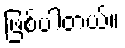
ဖြစ်ပါတယ်။